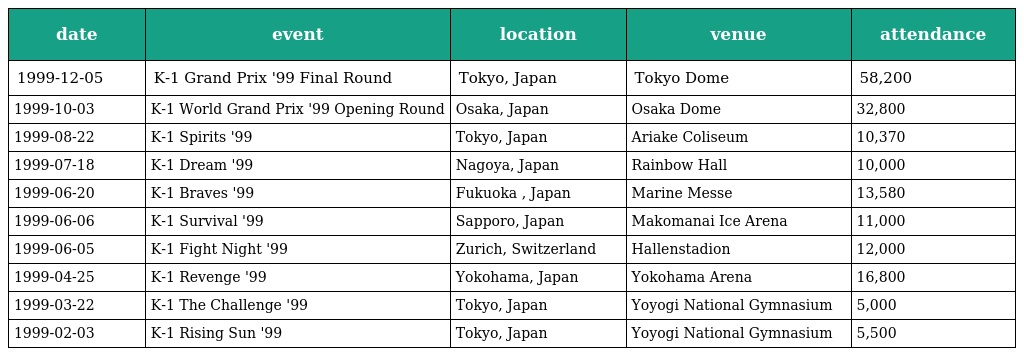
| date | event | location | venue | attendance |
 | --- | --- | --- | --- | --- |
 | 1999-12-05 | K-1 Grand Prix '99 Final Round | Tokyo, Japan | Tokyo Dome | 58,200 |
 | 1999-10-03 | K-1 World Grand Prix '99 Opening Round | Osaka, Japan | Osaka Dome | 32,800 |
 | 1999-08-22 | K-1 Spirits '99 | Tokyo, Japan | Ariake Coliseum | 10,370 |
 | 1999-07-18 | K-1 Dream '99 | Nagoya, Japan | Rainbow Hall | 10,000 |
 | 1999-06-20 | K-1 Braves '99 | Fukuoka , Japan | Marine Messe | 13,580 |
 | 1999-06-06 | K-1 Survival '99 | Sapporo, Japan | Makomanai Ice Arena | 11,000 |
 | 1999-06-05 | K-1 Fight Night '99 | Zurich, Switzerland | Hallenstadion | 12,000 |
 | 1999-04-25 | K-1 Revenge '99 | Yokohama, Japan | Yokohama Arena | 16,800 |
 | 1999-03-22 | K-1 The Challenge '99 | Tokyo, Japan | Yoyogi National Gymnasium | 5,000 |
 | 1999-02-03 | K-1 Rising Sun '99 | Tokyo, Japan | Yoyogi National Gymnasium | 5,500 |